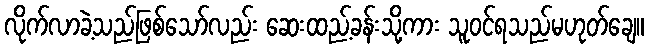
လိုက်လာခဲ့သည်ဖြစ်သော်လည်း ဆေးထည့်ခန်းသို့ကား သူဝင်ရသည်မဟုတ်ချေ။